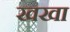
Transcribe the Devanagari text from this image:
खखा